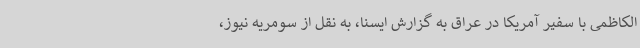
الکاظمی با سفیر آمریکا در عراق به گزارش ایسنا، به نقل از سومریه نیوز،